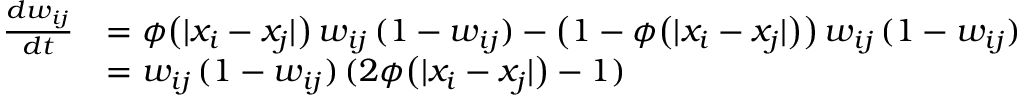
\begin{array} { r l } { \frac { d w _ { i j } } { d t } } & { = \phi \big ( | x _ { i } - x _ { j } | \big ) \, w _ { i j } \, ( 1 - w _ { i j } ) - \big ( 1 - \phi \big ( | x _ { i } - x _ { j } | \big ) \big ) \, w _ { i j } \, ( 1 - w _ { i j } ) } \\ & { = w _ { i j } \, ( 1 - w _ { i j } ) \, ( 2 \phi \big ( | x _ { i } - x _ { j } | \big ) - 1 ) } \end{array}